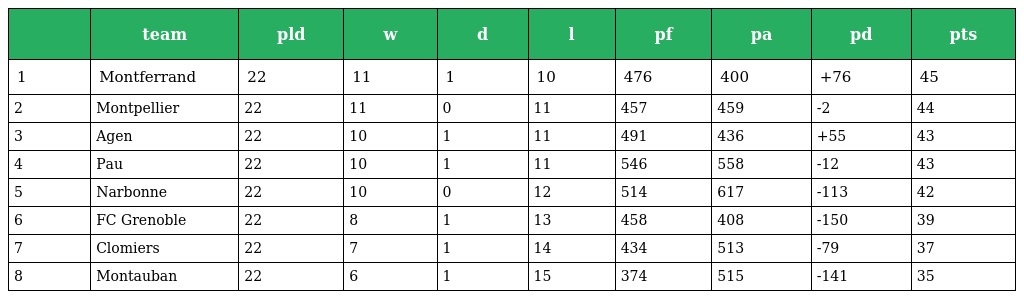
|  | team | pld | w | d | l | pf | pa | pd | pts |
 | --- | --- | --- | --- | --- | --- | --- | --- | --- | --- |
 | 1 | Montferrand | 22 | 11 | 1 | 10 | 476 | 400 | +76 | 45 |
 | 2 | Montpellier | 22 | 11 | 0 | 11 | 457 | 459 | -2 | 44 |
 | 3 | Agen | 22 | 10 | 1 | 11 | 491 | 436 | +55 | 43 |
 | 4 | Pau | 22 | 10 | 1 | 11 | 546 | 558 | -12 | 43 |
 | 5 | Narbonne | 22 | 10 | 0 | 12 | 514 | 617 | -113 | 42 |
 | 6 | FC Grenoble | 22 | 8 | 1 | 13 | 458 | 408 | -150 | 39 |
 | 7 | Clomiers | 22 | 7 | 1 | 14 | 434 | 513 | -79 | 37 |
 | 8 | Montauban | 22 | 6 | 1 | 15 | 374 | 515 | -141 | 35 |